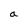
Character: a